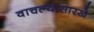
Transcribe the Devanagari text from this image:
वाचल्यासारखे